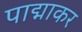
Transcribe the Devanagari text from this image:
पाद्माकर